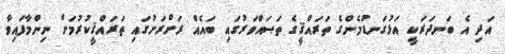
އަދި އެ ބަނދަރަކީ އަޅުގަނޑުމެންގެ ތަރައްޤީގެ ތަޞައްވަރުގައި ބައެއް ރަށްރަށުގައި ތަރައްޤީކުރުމަށް ނިންމާފައިވާ